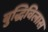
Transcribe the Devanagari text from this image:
बुद्धिविलास